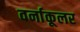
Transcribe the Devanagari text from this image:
वर्नाकूलर